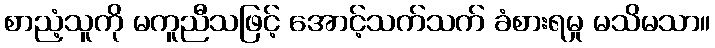
စာညံ့သူကို မကူညီသဖြင့် အောင့်သက်သက် ခံစားရမှု မသိမသာ။